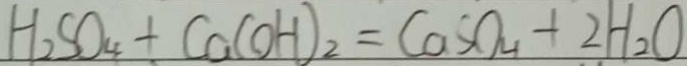
H _ { 2 } S O _ { 4 } + C a ( O H ) _ { 2 } = C a S O _ { 4 } + 2 H _ { 2 } O